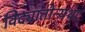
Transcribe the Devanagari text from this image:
विद्यातोन्यथा